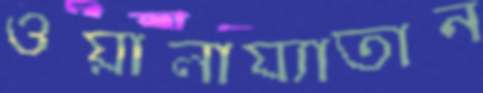
ওয়ালায্যাতান